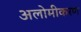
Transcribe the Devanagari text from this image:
अलोमीकरण